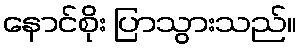
နောင်စိုး ပြာသွားသည်။